Indian Medical Review
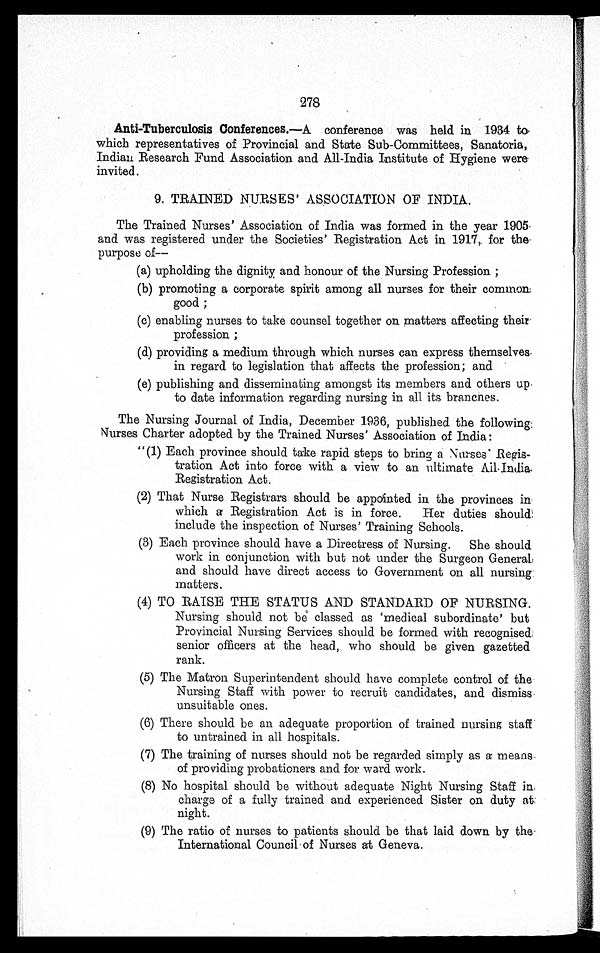
278
Anti-Tuberculosis Conferences.—A conference was held in 1934 to
which representatives of Provincial and State Sub-Committees, Sanatoria,
Indian Research Fund Association and All-India Institute of Hygiene were
invited.
9. TRAINED NURSES' ASSOCIATION OF INDIA.
The Trained Nurses' Association of India was formed in the year 1905
and was registered under the Societies' Registration Act in 1917, for the
purpose of—
(a) upholding the dignity and honour of the Nursing Profession;
(b)
promoting a corporate spirit among all nurses for their common
good;
(c)
enabling nurses to take counsel together on matters affecting thei
r
profession;
(d)
providing a medium through which nurses can express themselves
in regard to legislation that affects the profession; and
(e)
publishing and disseminating amongst its members and others up
to date information regarding nursing in all its branches.
The Nursing Journal of India, December 1936, published the followin
g:
Nurses Charter adopted by the Trained Nurses' Association of India:
"(1) Each province should take rapid steps to bring a Nurses' Regis
-
tration Act into force with a view to an ultimate All. India
Registration Act.
(2) That Nurse Registrars should be appointed in the provinces i
n
which a Registration Act is in force. Her duties should
include the inspection of Nurses' Training Schools.
(3) Each province should have a Directress of Nursing. She should
work in conjunction with but not under the Surgeon General
and should have direct access to Government on all nursing
matters.
(4) TO RAISE THE STATUS AND STANDARD OF NURSING.
Nursing should not be classed as 'medical subordinate' but
Provincial Nursing Services should be formed with recognised
senior officers at the head, who should be given gazetted
rank.
(5) The Matron Superintendent should have complete control of the
Nursing Staff with power to recruit candidates, and dismiss
unsuitable ones.
(6) There should be an adequate proportion of trained nursing staf
f
to untrained in all hospitals.
(7) The training of nurses should not be regarded simply as a means
of providing probationers and for ward work.
(8) No hospital should be without adequate Night Nursing Staff in
charge of a fully trained and experienced Sister on duty at
night.
(9) The ratio of nurses to patients should be that laid down by the
International Council of Nurses at Geneva.